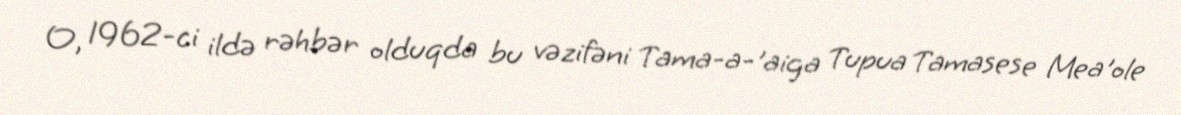
O, 1962-ci ildə rəhbər olduqda bu vəzifəni Tama-a-'aiga Tupua Tamasese Mea'ole